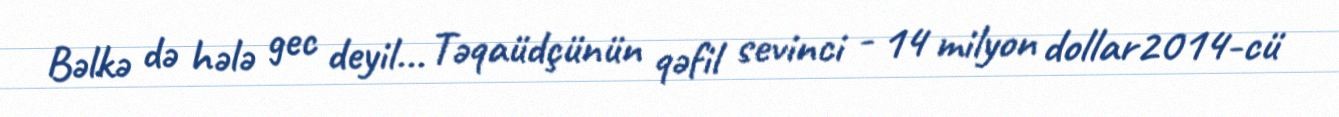
Bəlkə də hələ gec deyil... Təqaüdçünün qəfil sevinci - 14 milyon dollar2014-cü